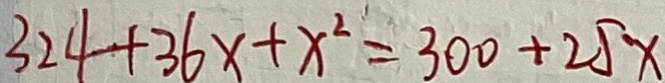
3 2 4 + 3 6 x + x ^ { 2 } = 3 0 0 + 2 5 x